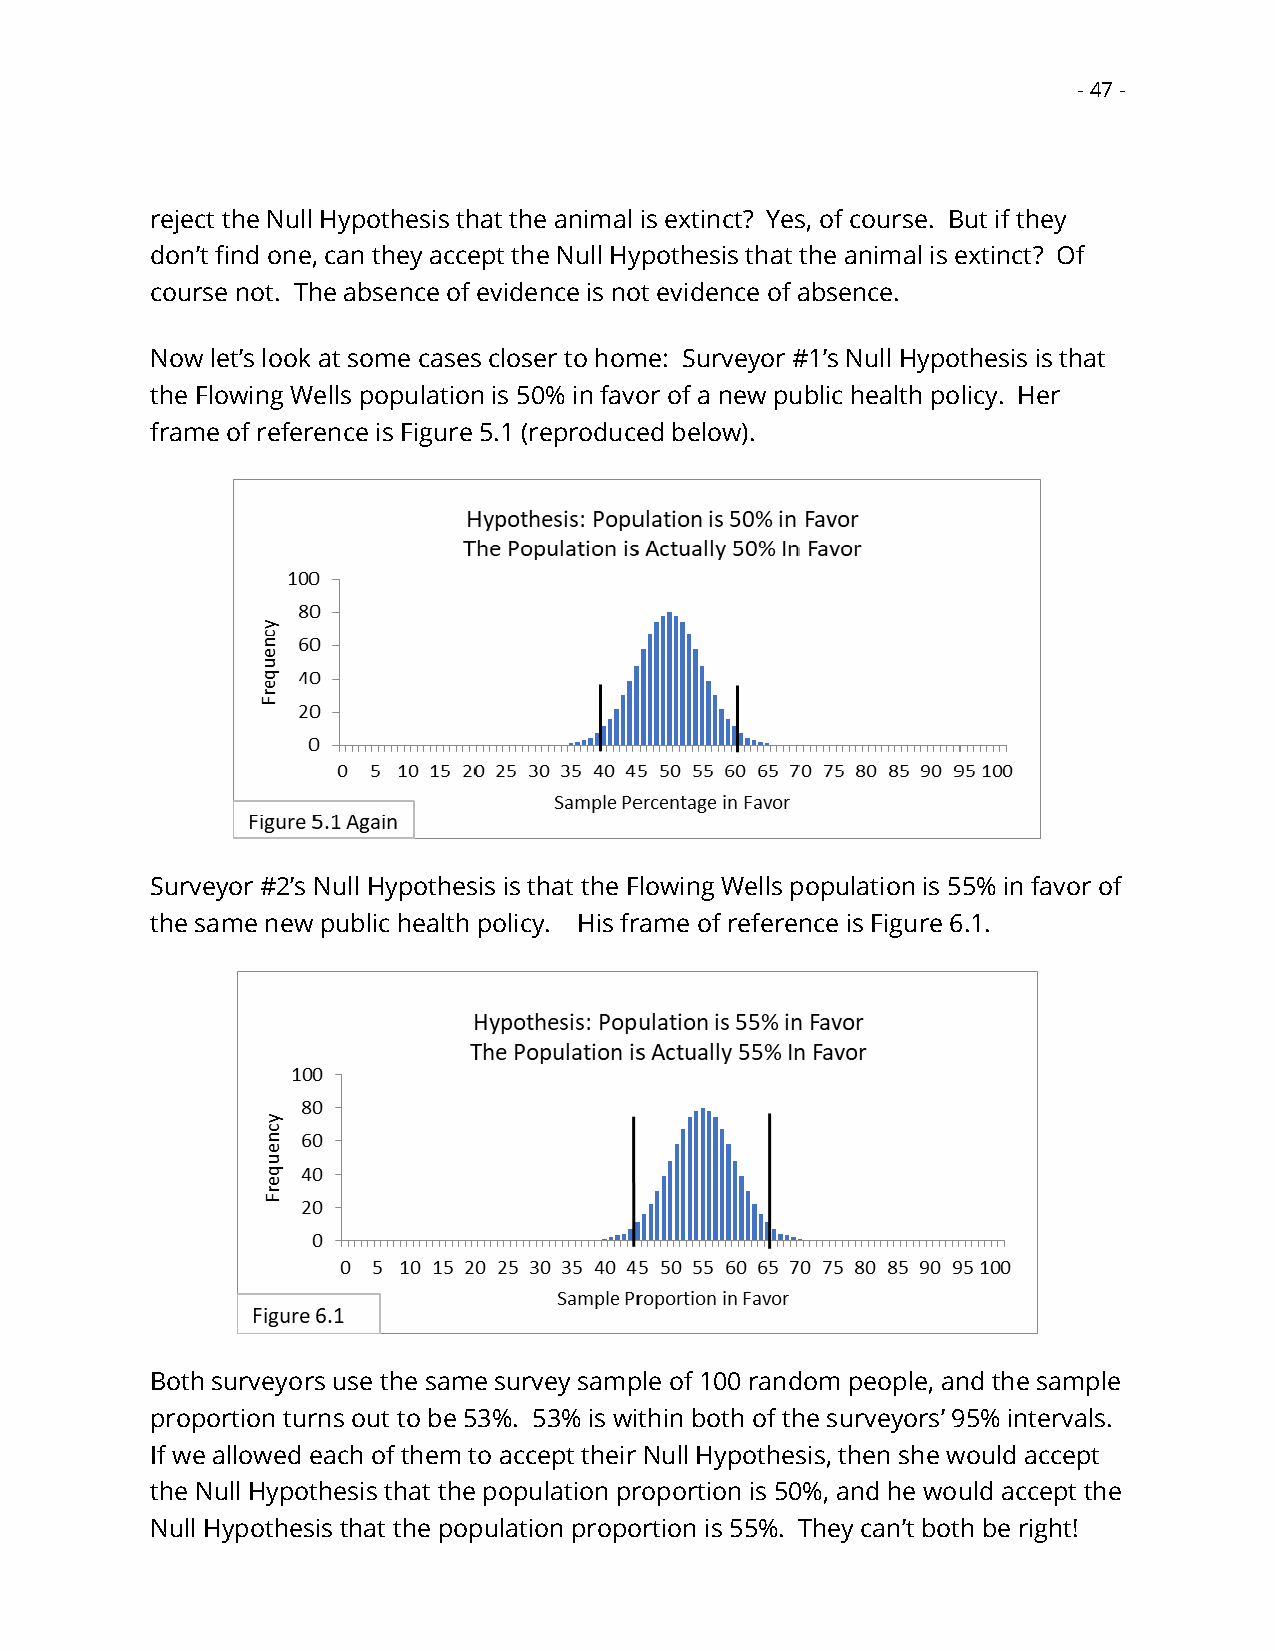
- 47 -
 reject the Null Hypothesis that the animal is extinct? Yes, of course. But if they
 don’t find one, can they accept the Null Hypothesis that the animal is extinct? Of
 course not. The absence of evidence is not evidence of absence.
 Now let’s look at some cases closer to home: Surveyor #1’s Null Hypothesis is that
 the Flowing Wells population is 50% in favor of a new public health policy. Her
 frame of reference is Figure 5.1 (reproduced below).
 Surveyor #2’s Null Hypothesis is that the Flowing Wells population is 55% in favor of
 the same new public health policy. His frame of reference is Figure 6.1.
 Both surveyors use the same survey sample of 100 random people, and the sample
 proportion turns out to be 53%. 53% is within both of the surveyors’ 95% intervals.
 If we allowed each of them to accept their Null Hypothesis, then she would accept
 the Null Hypothesis that the population proportion is 50%, and he would accept the
 Null Hypothesis that the population proportion is 55%. They can’t both be right!